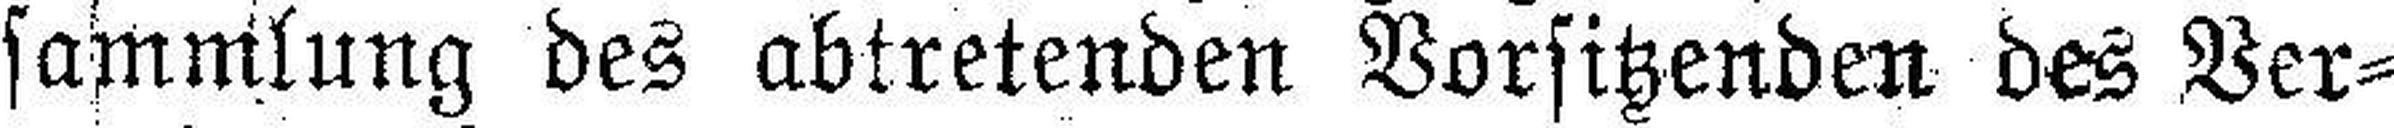
sammlung des abtretenden Vorsitzenden des Ver¬